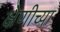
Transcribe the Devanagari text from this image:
क्ष्रेणीच्या